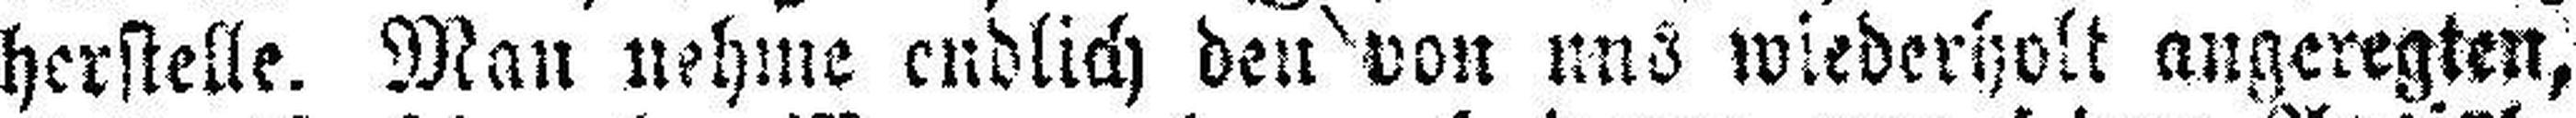
herstelle. Man nehme endlich den von uns wiederholt angeregten,